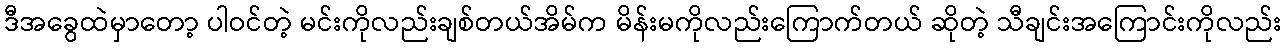
ဒီအခွေထဲမှာတော့ ပါဝင်တဲ့ မင်းကိုလည်းချစ်တယ်အိမ်က မိန်းမကိုလည်းကြောက်တယ် ဆိုတဲ့ သီချင်းအကြောင်းကိုလည်း